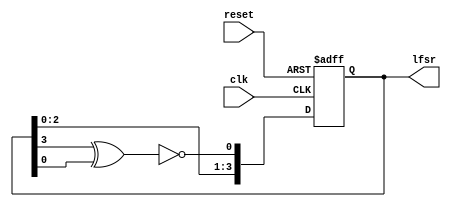
`timescale 1ns / 1ps
//////////////////////////////////////////////////////////////////////////////////
// Company: 
// Engineer: 
// 
// Design Name: 
// Module Name: lfsr
// Project Name: 
// Target Devices: 
// Tool Versions: 
// Description: 
// 
// Dependencies: 
// 
// Revision:
// Revision 0.01 - File Created
// Additional Comments:
// 
//////////////////////////////////////////////////////////////////////////////////


module lfsr
(
input clk,   
input reset,
output reg [3:0] lfsr=4'b0000
    );
    always @(posedge clk or posedge reset) begin
     if(reset)
        lfsr<=4'b0000;
     else begin
        lfsr[3:1]<=lfsr[2:0];
        lfsr[0]<=~(lfsr[3]^lfsr[0]);
//        lfsr<={~(lfsr[3]^lfsr[0]),lfsr[3:1]};
     end
     end
endmodule